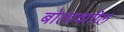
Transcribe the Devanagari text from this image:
बोलावतील